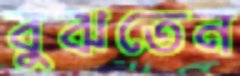
বুঝতেন